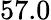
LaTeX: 57.0